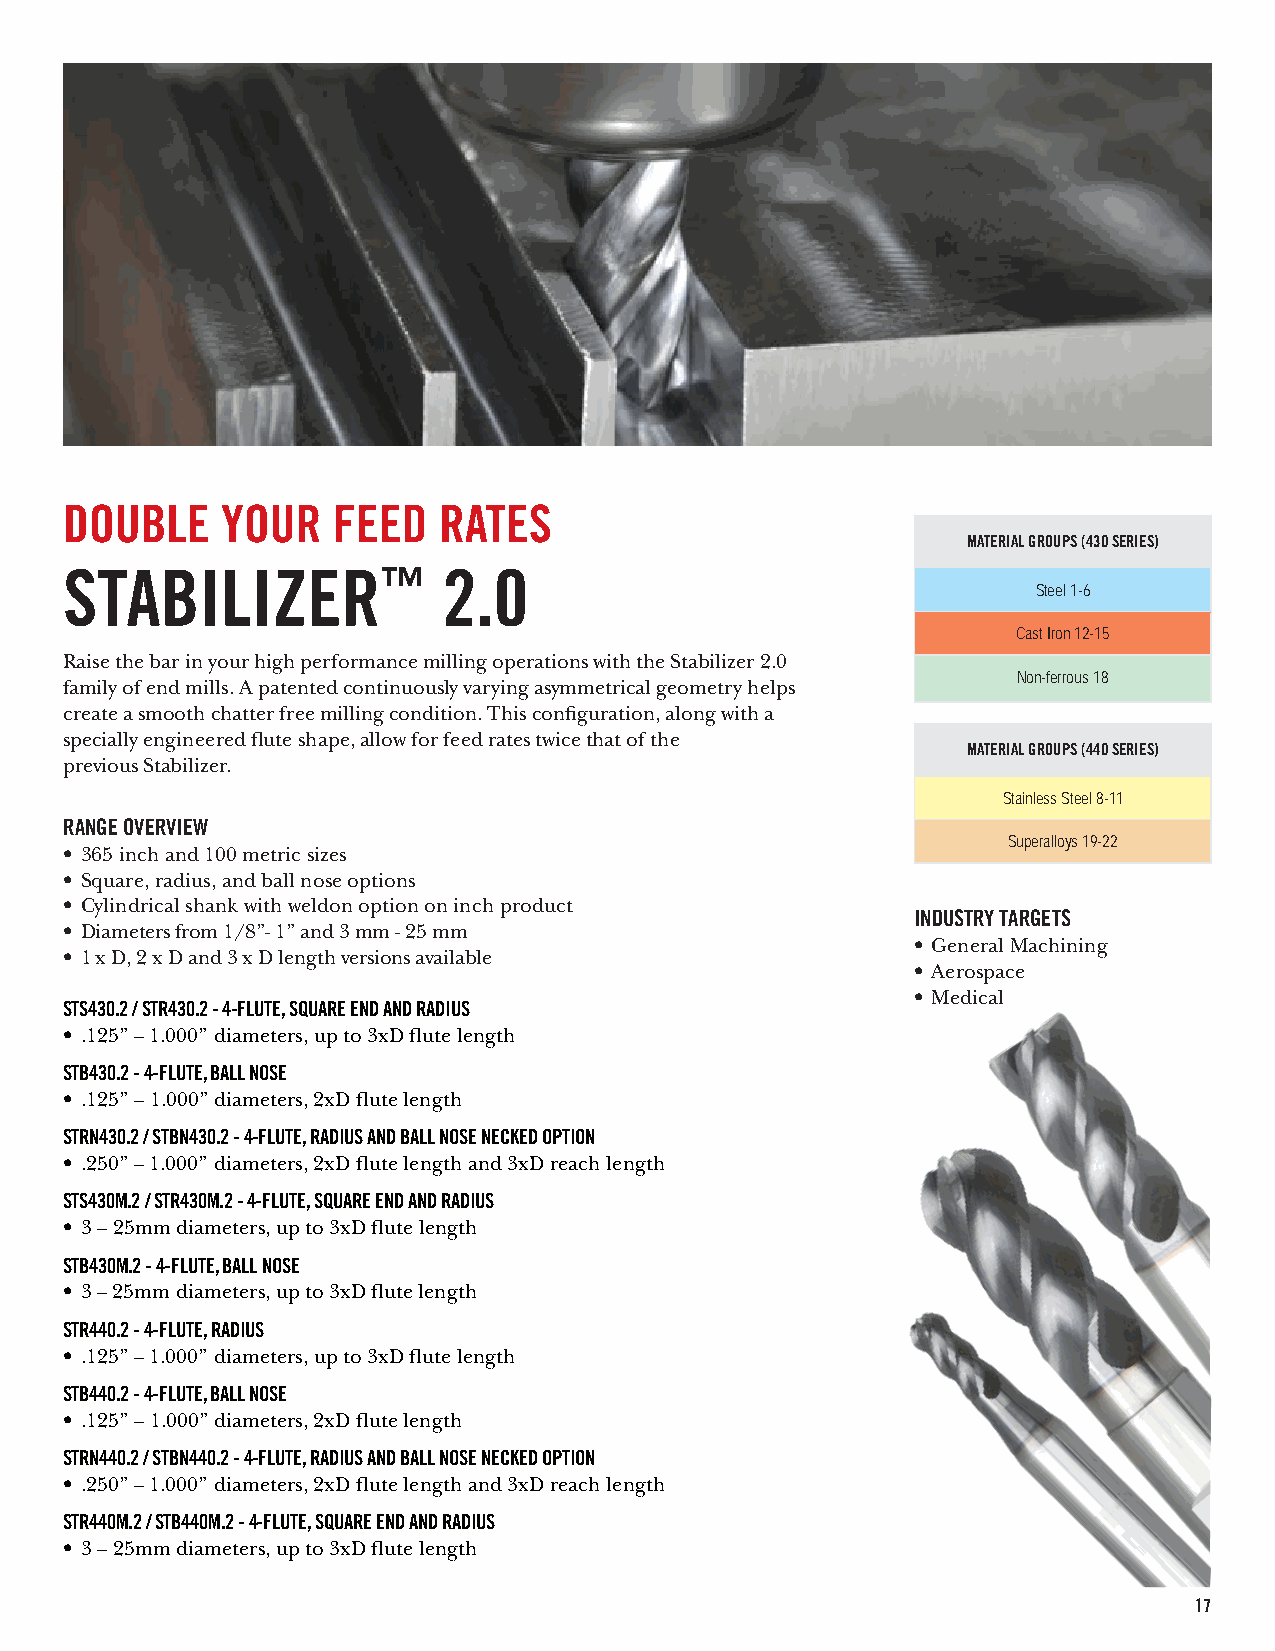
DOUBLE     YOUR   FEED   RATES
 MATERIAL GROUPS (430 SERIES)
 STABILIZER™              2.0
 Steel 1-6
 Cast Iron 12-15
 Raise the bar in your high performance milling operations with the Stabilizer 2.0
 Non-ferrous 18
 family of end mills. A patented continuously varying asymmetrical geometry helps
 create a smooth chatter free milling condition. This configuration, along with a
 specially engineered flute shape, allow for feed rates twice that of the
 MATERIAL GROUPS (440 SERIES)
 previous Stabilizer.
 Stainless Steel 8-11
 RANGE OVERVIEW
 Superalloys 19-22
 • 365 inch and 100 metric sizes
 • Square, radius, and ball nose options
 • Cylindrical shank with weldon option on inch product
 INDUSTRY TARGETS
 • Diameters from 1/8”- 1” and 3 mm - 25 mm
 • General Machining
 • 1 x D, 2 x D and 3 x D length versions available
 • Aerospace
 • Medical
 STS430.2 / STR430.2 - 4-FLUTE, SQUARE END AND RADIUS
 • .125” – 1.000” diameters, up to 3xD flute length
 STB430.2 - 4-FLUTE, BALL NOSE
 • .125” – 1.000” diameters, 2xD flute length
 STRN430.2 / STBN430.2 - 4-FLUTE, RADIUS AND BALL NOSE NECKED OPTION
 • .250” – 1.000” diameters, 2xD flute length and 3xD reach length
 STS430M.2 / STR430M.2 - 4-FLUTE, SQUARE END AND RADIUS
 • 3 – 25mm diameters, up to 3xD flute length
 STB430M.2 - 4-FLUTE, BALL NOSE
 • 3 – 25mm diameters, up to 3xD flute length
 STR440.2 - 4-FLUTE, RADIUS
 • .125” – 1.000” diameters, up to 3xD flute length
 STB440.2 - 4-FLUTE, BALL NOSE
 • .125” – 1.000” diameters, 2xD flute length
 STRN440.2 / STBN440.2 - 4-FLUTE, RADIUS AND BALL NOSE NECKED OPTION
 • .250” – 1.000” diameters, 2xD flute length and 3xD reach length
 STR440M.2 / STB440M.2 - 4-FLUTE, SQUARE END AND RADIUS
 • 3 – 25mm diameters, up to 3xD flute length
 17